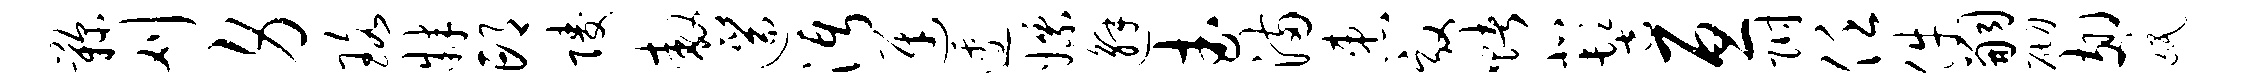
鞠刈身珞肄邙陵嗷遄沔迓逶嫖邂武满患效赌北髻亘附任件嗣砌翅氓